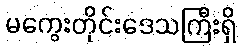
မကွေးတိုင်းဒေသကြီးရှိ